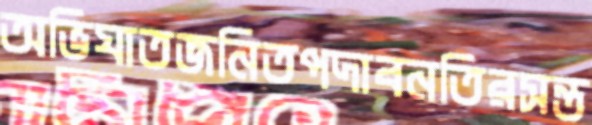
অভিঘাতজনিতপদাবনতিরসন্ত